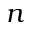
n